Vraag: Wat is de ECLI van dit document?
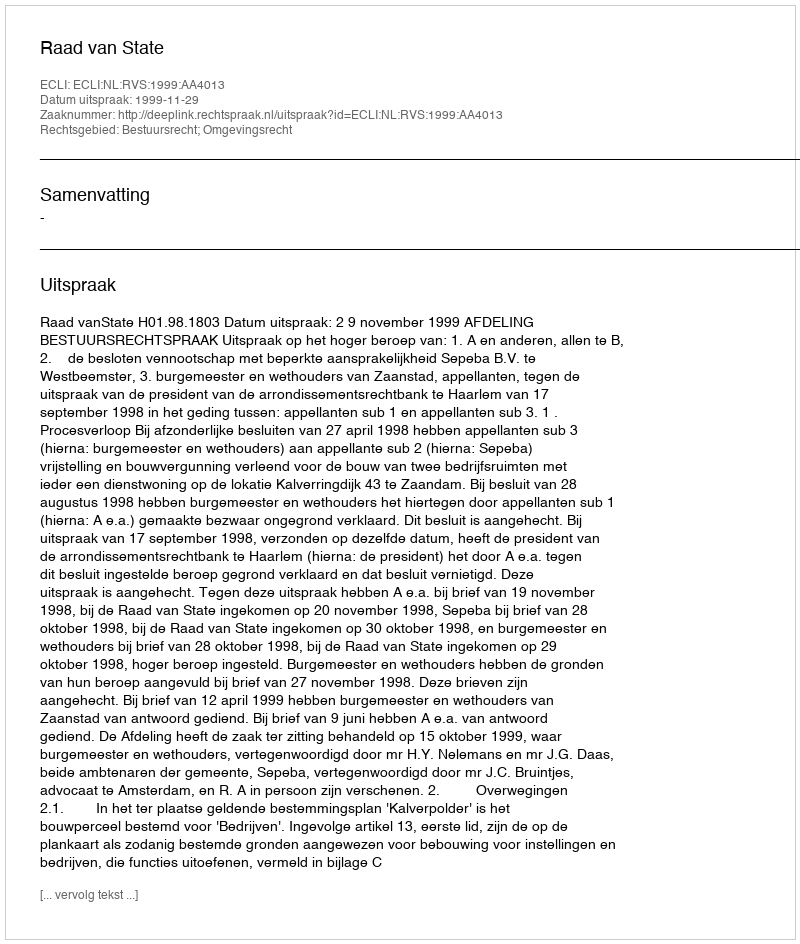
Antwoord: ECLI:NL:RVS:1999:AA4013